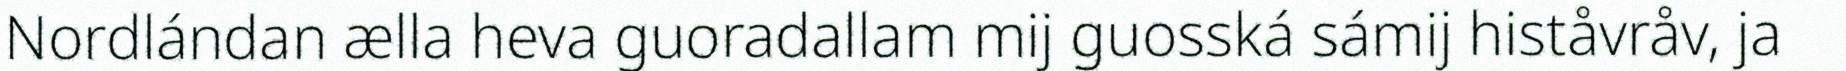
Nordlándan ælla heva guoradallam mij guosská sámij histåvråv, ja